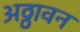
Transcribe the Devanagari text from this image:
अठ्ठावन